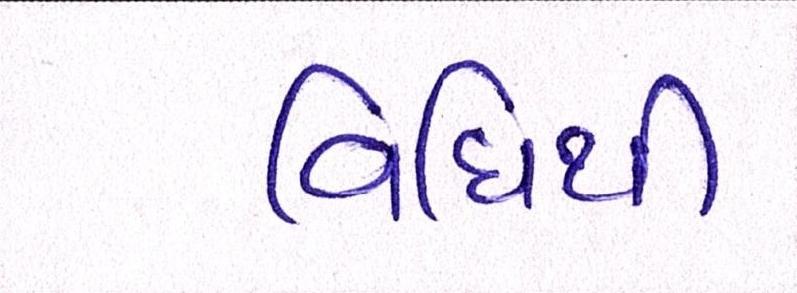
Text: વિધિથી